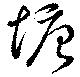
塘